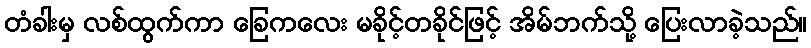
တံခါးမှ လစ်ထွက်ကာ ခြေကလေး မခိုင့်တခိုင်ဖြင့် အိမ်ဘက်သို့ ပြေးလာခဲ့သည်။